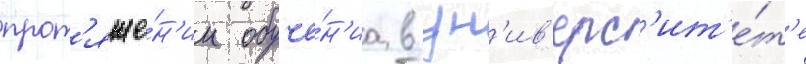
прот'яже́н'ии обуче́н'иа в ун'ив'ерс'ит'е́т'е